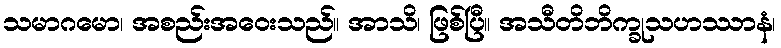
သမာဂမော၊ အစည်းအဝေးသည်။ အာသိ၊ ဖြစ်ပြီ။ အသီတိဘိက္ခုသဟဿာနံ၊